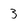
Character: 3